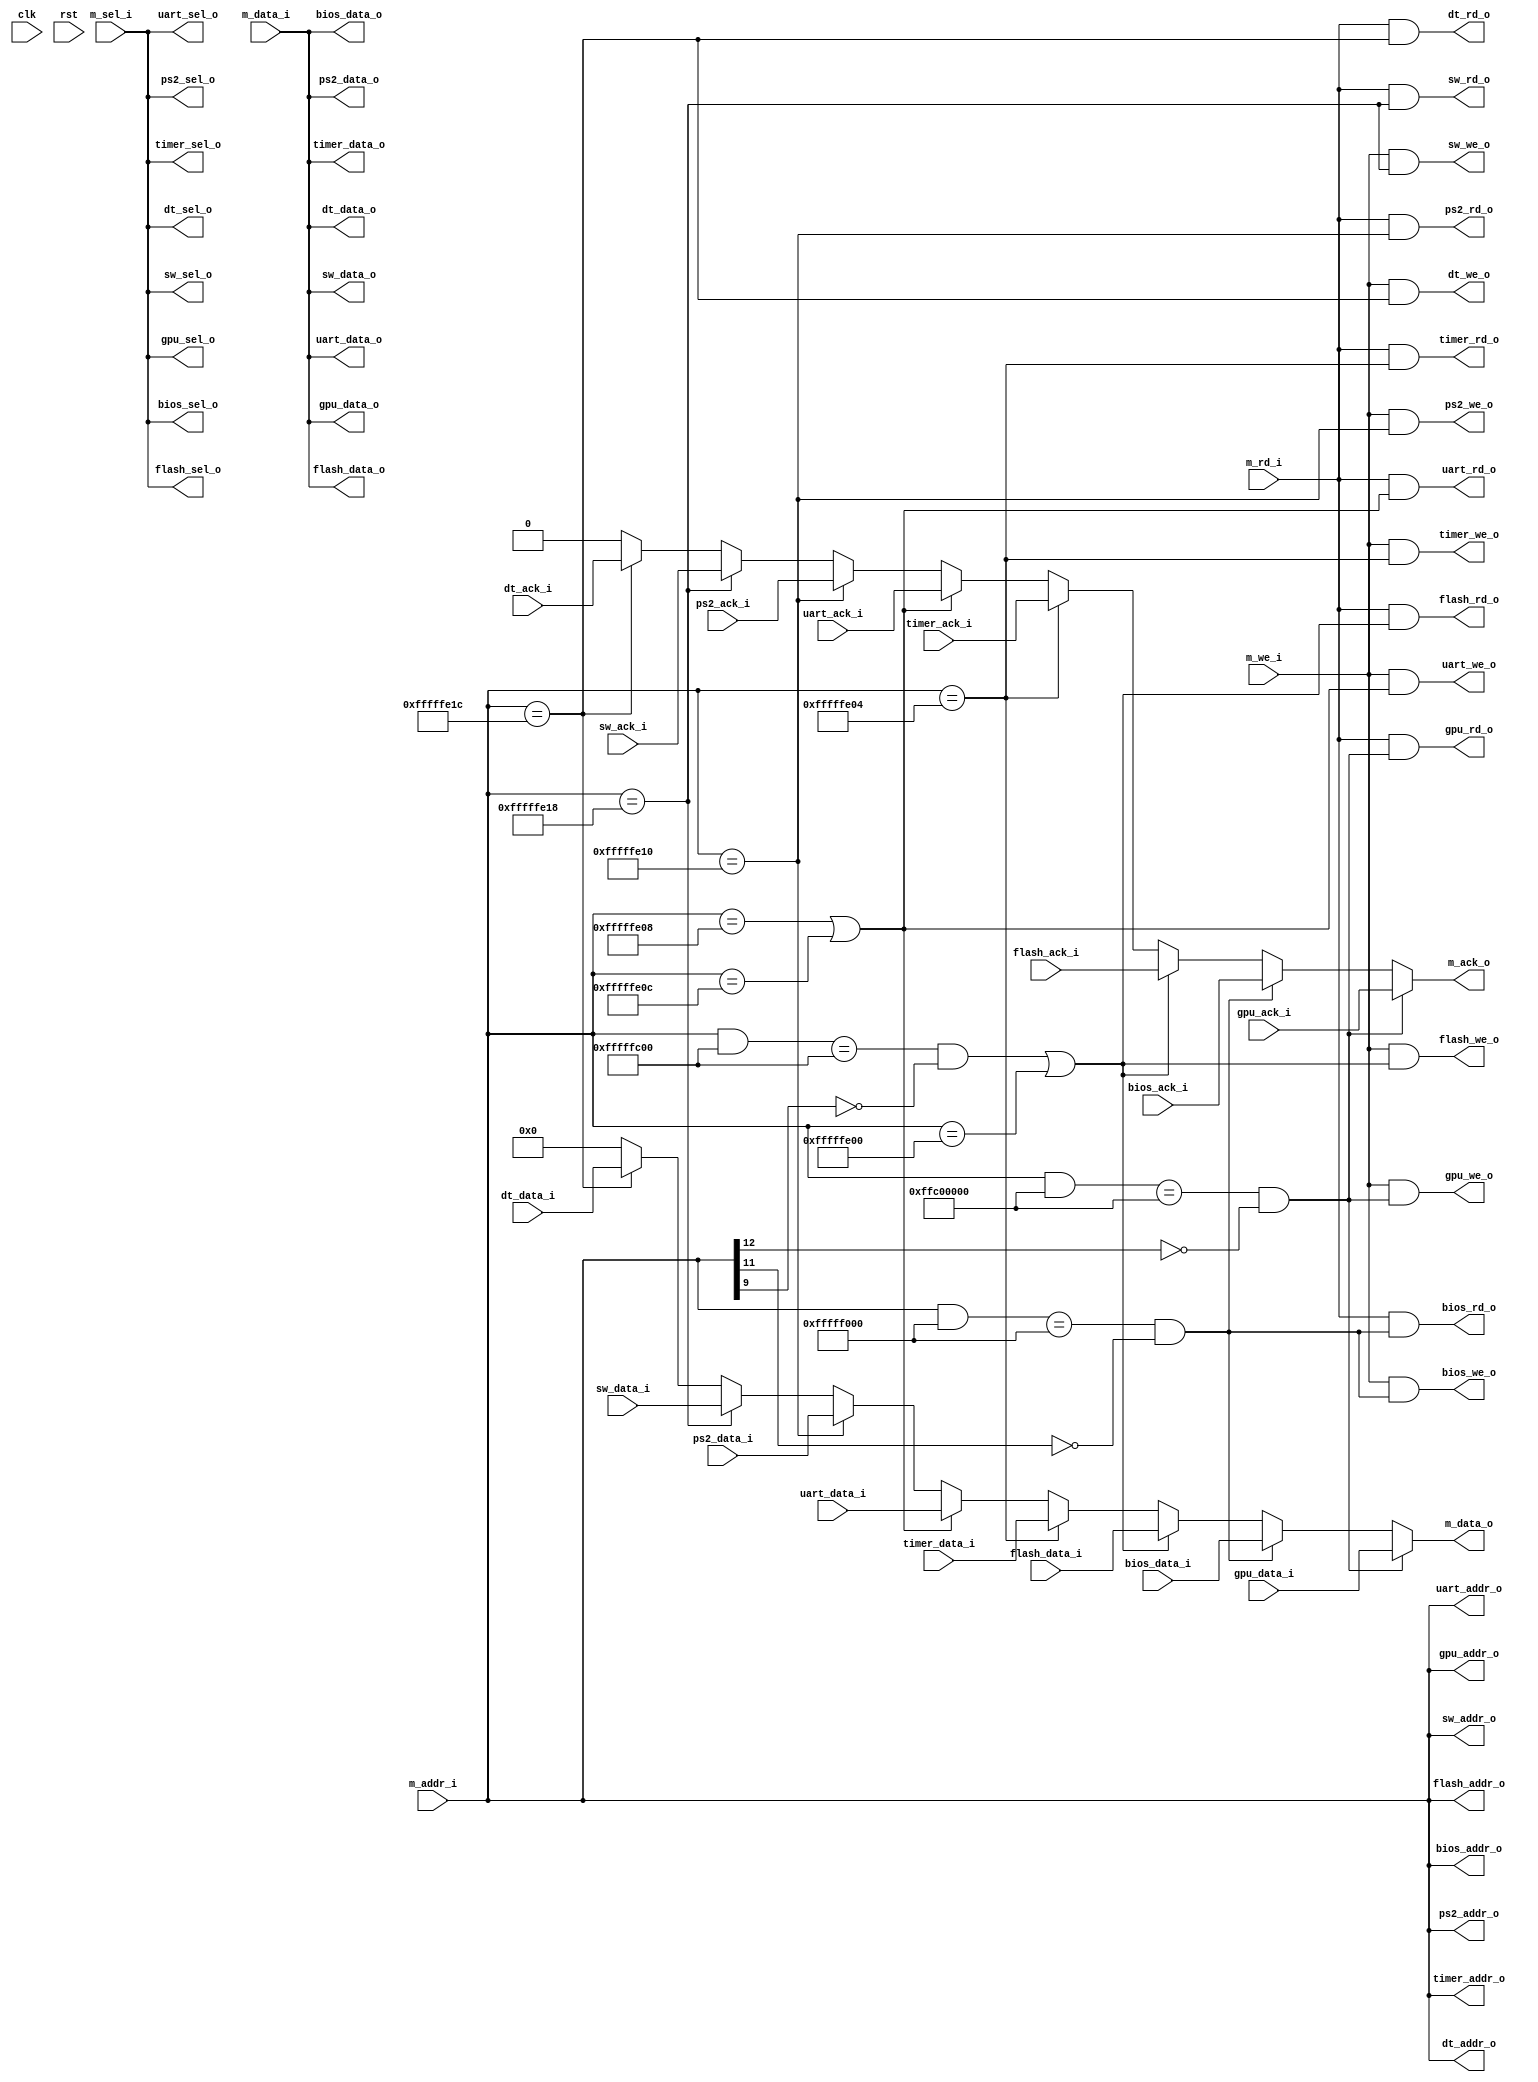
module bus(
    input  clk,
    input  rst,

    input  [31:0]   m_addr_i,
    output [31:0]   m_data_o,
    input  [31:0]   m_data_i,
    input  [ 1:0]   m_sel_i,
    input           m_rd_i,
    input           m_we_i,
    output          m_ack_o,

    output [31:0]   gpu_addr_o,
    input  [31:0]   gpu_data_i,
    output [31:0]   gpu_data_o,
    output [ 1:0]   gpu_sel_o,
    output          gpu_rd_o,
    output          gpu_we_o,
    input           gpu_ack_i,

    output [31:0]   bios_addr_o,
    input  [31:0]   bios_data_i,
    output [31:0]   bios_data_o,
    output [ 1:0]   bios_sel_o,
    output          bios_rd_o,
    output          bios_we_o,
    input           bios_ack_i,

    output [31:0]   flash_addr_o,
    input  [31:0]   flash_data_i,
    output [31:0]   flash_data_o,
    output [ 1:0]   flash_sel_o,
    output          flash_rd_o,
    output          flash_we_o,
    input           flash_ack_i,

    output [31:0]   timer_addr_o,
    input  [31:0]   timer_data_i,
    output [31:0]   timer_data_o,
    output [ 1:0]   timer_sel_o,
    output          timer_rd_o,
    output          timer_we_o,
    input           timer_ack_i,

    output [31:0]   uart_addr_o,
    input  [31:0]   uart_data_i,
    output [31:0]   uart_data_o,
    output [ 1:0]   uart_sel_o,
    output          uart_rd_o,
    output          uart_we_o,
    input           uart_ack_i,

    output [31:0]   ps2_addr_o,
    input  [31:0]   ps2_data_i,
    output [31:0]   ps2_data_o,
    output [ 1:0]   ps2_sel_o,
    output          ps2_rd_o,
    output          ps2_we_o,
    input           ps2_ack_i,

    output [31:0]   dt_addr_o,
    input  [31:0]   dt_data_i,
    output [31:0]   dt_data_o,
    output [ 1:0]   dt_sel_o,
    output          dt_rd_o,
    output          dt_we_o,
    input           dt_ack_i,

    output [31:0]   sw_addr_o,
    input  [31:0]   sw_data_i,
    output [31:0]   sw_data_o,
    output [ 1:0]   sw_sel_o,
    output          sw_rd_o,
    output          sw_we_o,
    input           sw_ack_i
    );

    /*
        From            To              Usage
        0x0000_0000     0xFFC0_0000     Main memory
        0xFFC0_0000     0xFFFF_F000     Graphic memory
        0xFFFF_F000     0xFFFF_FC00     Bios
        0xFFFF_FC00     0xFFFF_FE00     Flash data
        0xFFFF_FE00     0xFFFF_FE04     Flash ctrl
        0xFFFF_FE04     0xFFFF_FE08     Timer
        0xFFFF_FE08     0xFFFF_FE0C     UART Rx
        0xFFFF_FE0C     0xFFFF_FE10     UART Tx
        0xFFFF_FE10     0xFFFF_FE14     PS2
        0xFFFF_FE14     0xFFFF_FE18     Unused
        0xFFFF_FE18     0xFFFF_FE1C     SW
        0xFFFF_FE1C     0xFFFF_FE20     Datetime
    */

    parameter   GPU_ADDR_MASK   = 32'hFFC0_0000;
    parameter   BIOS_ADDR_MASK  = 32'hFFFF_F000;
    parameter   FLASH_ADDR_MASK = 32'hFFFF_FC00;

    parameter   FLASH_CTRL_MASK = 32'hFFFF_FE00;
    parameter   TIMER_ADDR_MASK = 32'hFFFF_FE04;
    parameter   URX_ADDR_MASK   = 32'hFFFF_FE08;
    parameter   UTX_ADDR_MASK   = 32'hFFFF_FE0C;
    parameter   PS2_ADDR_MASK   = 32'hFFFF_FE10;
    parameter   SW_ADDR_MASK    = 32'hFFFF_FE18;
    parameter   DT_ADDR_MASK    = 32'hFFFF_FE1C;

    wire gpu_stb    = ((m_addr_i & GPU_ADDR_MASK) == GPU_ADDR_MASK) && (~m_addr_i[12]);
    wire bios_stb   = ((m_addr_i & BIOS_ADDR_MASK) == BIOS_ADDR_MASK) && (~m_addr_i[11]);

    wire flash_data_stb = ((m_addr_i & FLASH_ADDR_MASK) == FLASH_ADDR_MASK) && (~m_addr_i[9]);
    wire flash_ctrl_stb = (m_addr_i == FLASH_CTRL_MASK);
    wire flash_stb  = flash_data_stb || flash_ctrl_stb;

    wire timer_stb  = (m_addr_i == TIMER_ADDR_MASK);

    wire uart_rx_stb    = (m_addr_i == URX_ADDR_MASK);
    wire uart_tx_stb    = (m_addr_i == UTX_ADDR_MASK);
    wire uart_stb   = uart_rx_stb || uart_tx_stb;

    wire ps2_stb    = (m_addr_i == PS2_ADDR_MASK);
    wire sw_stb     = (m_addr_i == SW_ADDR_MASK);
    wire dt_stb     = (m_addr_i == DT_ADDR_MASK);

    assign  gpu_addr_o      = m_addr_i;
    assign  bios_addr_o     = m_addr_i;
    assign  flash_addr_o    = m_addr_i;
    assign  timer_addr_o    = m_addr_i;
    assign  uart_addr_o     = m_addr_i;
    assign  ps2_addr_o      = m_addr_i;
    assign  sw_addr_o       = m_addr_i;
    assign  dt_addr_o       = m_addr_i;

    assign  gpu_data_o      = m_data_i;
    assign  bios_data_o     = m_data_i;
    assign  flash_data_o    = m_data_i;
    assign  timer_data_o    = m_data_i;
    assign  uart_data_o     = m_data_i;
    assign  ps2_data_o      = m_data_i;
    assign  sw_data_o       = m_data_i;
    assign  dt_data_o       = m_data_i;

    assign  gpu_sel_o       = m_sel_i;
    assign  bios_sel_o      = m_sel_i;
    assign  flash_sel_o     = m_sel_i;
    assign  timer_sel_o     = m_sel_i;
    assign  uart_sel_o      = m_sel_i;
    assign  ps2_sel_o       = m_sel_i;
    assign  sw_sel_o        = m_sel_i;
    assign  dt_sel_o        = m_sel_i;

    assign  gpu_rd_o    = m_rd_i    && gpu_stb;
    assign  bios_rd_o   = m_rd_i    && bios_stb;
    assign  flash_rd_o  = m_rd_i    && flash_stb;
    assign  timer_rd_o  = m_rd_i    && timer_stb;
    assign  uart_rd_o   = m_rd_i    && uart_stb;
    assign  ps2_rd_o    = m_rd_i    && ps2_stb;
    assign  sw_rd_o     = m_rd_i    && sw_stb;
    assign  dt_rd_o     = m_rd_i    && dt_stb;

    assign  gpu_we_o    = m_we_i    && gpu_stb;
    assign  bios_we_o   = m_we_i    && bios_stb;
    assign  flash_we_o  = m_we_i    && flash_stb;
    assign  timer_we_o  = m_we_i    && timer_stb;
    assign  uart_we_o   = m_we_i    && uart_stb;
    assign  ps2_we_o    = m_we_i    && ps2_stb;
    assign  sw_we_o     = m_we_i    && sw_stb;
    assign  dt_we_o     = m_we_i    && dt_stb;

    assign  m_data_o    = gpu_stb   ?   gpu_data_i      :
                          bios_stb  ?   bios_data_i     :
                          flash_stb ?   flash_data_i    :
                          timer_stb ?   timer_data_i    :
                          uart_stb  ?   uart_data_i     :
                          ps2_stb   ?   ps2_data_i      :
                          sw_stb    ?   sw_data_i       :
                          dt_stb    ?   dt_data_i       :
                                        32'b0;
    assign  m_ack_o     = gpu_stb   ?   gpu_ack_i       :
                          bios_stb  ?   bios_ack_i      :
                          flash_stb ?   flash_ack_i     :
                          timer_stb ?   timer_ack_i     :
                          uart_stb  ?   uart_ack_i      :
                          ps2_stb   ?   ps2_ack_i       :
                          sw_stb    ?   sw_ack_i        :
                          dt_stb    ?   dt_ack_i        :
                                        1'b0;

endmodule